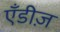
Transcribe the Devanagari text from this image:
एँडीज़